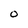
Character: O